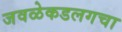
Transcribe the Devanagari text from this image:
जवळेकडलगचा